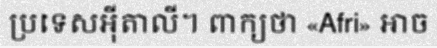
ប្រទេសអ៊ីតាលី។ ពាក្យថា «Afri» អាច